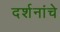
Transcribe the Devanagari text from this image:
दर्शनांचे